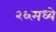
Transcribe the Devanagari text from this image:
२६मध्ये